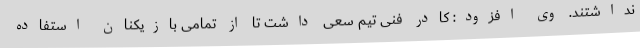
نداشتند. وی افزود: کادر فنی تیم سعی داشت تا از تمامی بازیکنان استفاده